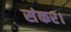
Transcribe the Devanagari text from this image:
संकर।